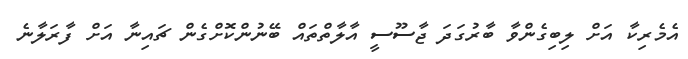
އެމެރިކާ އަށް ލިބިގެންވާ ބާރުގަދަ ޖާސޫސީ އާލާތްތައް ބޭނުންކޮށްގެން ޗައިނާ އަށް ފާރަލާނެ